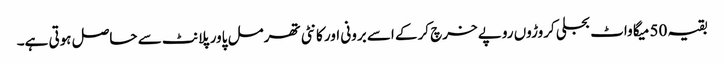
بقیہ 50 میگا واٹ بجلی کروڑوں روپے خرچ کرکے اسے برونی اور کانٹی تھرمل پاور پلانٹ سے حاصل ہوتی ہے۔